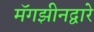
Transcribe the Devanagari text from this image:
मॅगझीनद्वारे